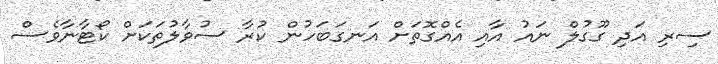
ސިރި އަދި ގޫގުލް ނައު އާއި އެއްގޮތަށް އަނގަބަހުން ކުރާ ސުވާލުތަކަށް ކޯޓާނާވެސް